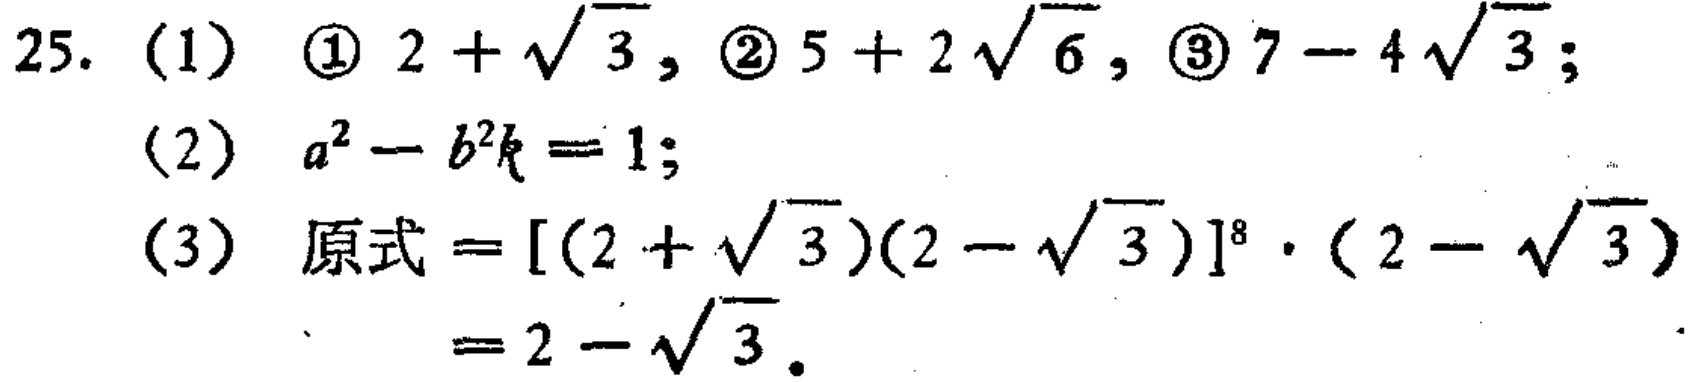
25. (1) \textcircled{1} \(2 + \sqrt{3}\), \textcircled{2} \(5 + 2\sqrt{6}\), \textcircled{3} \(7 - 4\sqrt{3}\);

(2) \(a^{2}-b^{2}k = 1\);

(3) 原式\(=[(2 + \sqrt{3})(2 - \sqrt{3})]^{8}\cdot(2 - \sqrt{3})\)

\(= 2 - \sqrt{3}\).